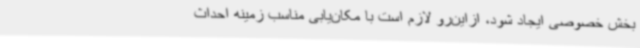
بخش خصوصی ایجاد شود، ازاین‌رو لازم است با مکان‌یابی مناسب زمینه احداث